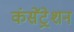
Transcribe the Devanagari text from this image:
कंसेंट्रेशन